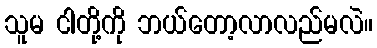
သူမ ငါတို့ကို ဘယ်တော့လာလည်မလဲ။